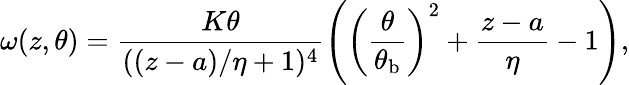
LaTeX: \omega(z,\theta)=\frac{K\theta}{((z-a)/\eta+1)^{4}}\left(\left(\frac{\theta}{\theta_{\mathrm{b}}}\right)^{2}+\frac{z-a}{\eta}-1\right),